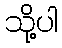
သို့ပါ